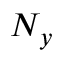
N _ { y }